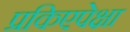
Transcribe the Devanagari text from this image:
प्रकिएपेक्षा